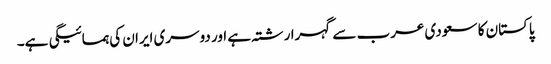
پاکستان کا سعودی عرب سے گہرا رشتہ ہے اور دوسری ایران کی ہمسائیگی ہے۔